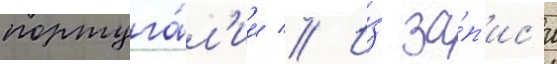
португа́л'ии // И́з за́п'ис'и